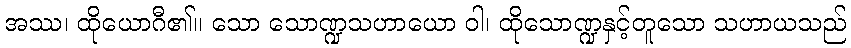
အဿ၊ ထိုယောဂီ၏။ သော သောဏ္ဍသဟာယော ဝါ၊ ထိုသောဏ္ဍနှင့်တူသော သဟာယသည်